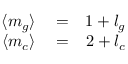
\begin{array} { r l r } { \langle m _ { g } \rangle } & { { } = } & { 1 + l _ { g } } \\ { \langle m _ { c } \rangle } & { { } = } & { 2 + l _ { c } } \end{array}